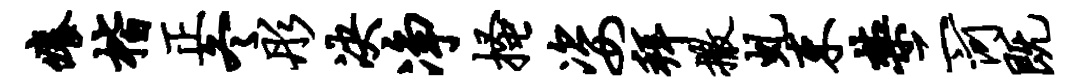
痒楷正冬彤决净搔姿拜撒虬束禁二河既